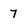
Character: 7